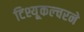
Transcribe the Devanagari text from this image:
टिश्यू्कल्चरने